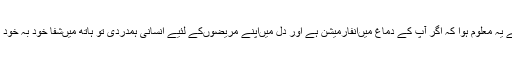
اس سے مجھے یہ معلوم ہوا کہ اگر آپ کے دماغ میں‌انفارمیشن ہے اور دل میں‌اپنے مریضوں‌کے لئیے انسانی ہمدردی تو ہاتھ میں‌شفا خود بہ خود ہی آجائے گی۔